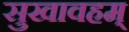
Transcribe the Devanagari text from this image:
सुखावहम्